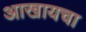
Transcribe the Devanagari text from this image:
आखायचा